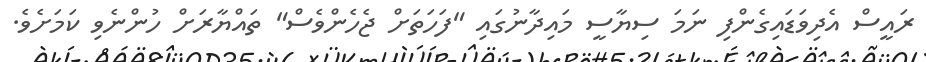
ރައީސް އެދިވަޑައިގެންފި ނަމަ ސިޔާސީ މައިދާނުގައި "ފަހަތަށް ޖެހެންވެސް" ތައްޔާރަށް ހުންނެވި ކަމަށެވެ.